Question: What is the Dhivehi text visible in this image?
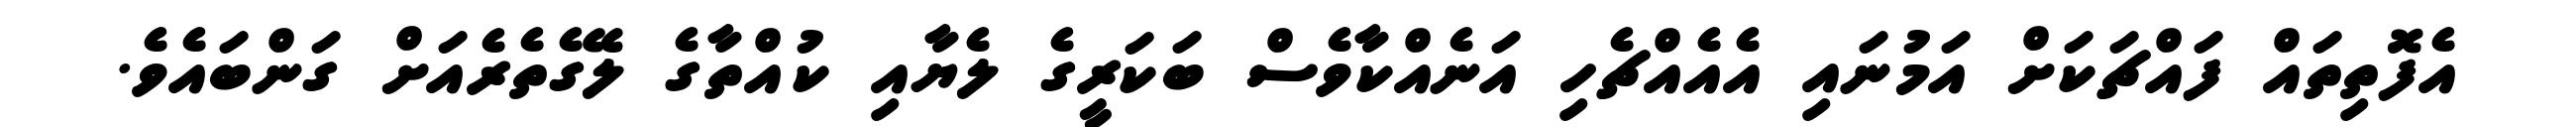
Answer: އެފޮތިތައް ފައްޗަކަށް އަމުނައި އެއެއްޗެހި އަނެއްކާވެސް ބަކަރީގެ ލެޔާއި ކުއްތާގެ ލޭގެތެރެއަށް ގަންބައެވެ.